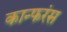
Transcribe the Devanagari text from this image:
कान्फरंस